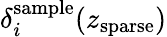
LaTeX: \delta_{i}^{\mathrm{sample}}(z_{\mathrm{sparse}})